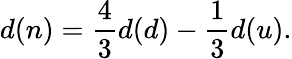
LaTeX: \displaystyle d(n)=\frac{4}{3}d(d)-\frac{1}{3}d(u).